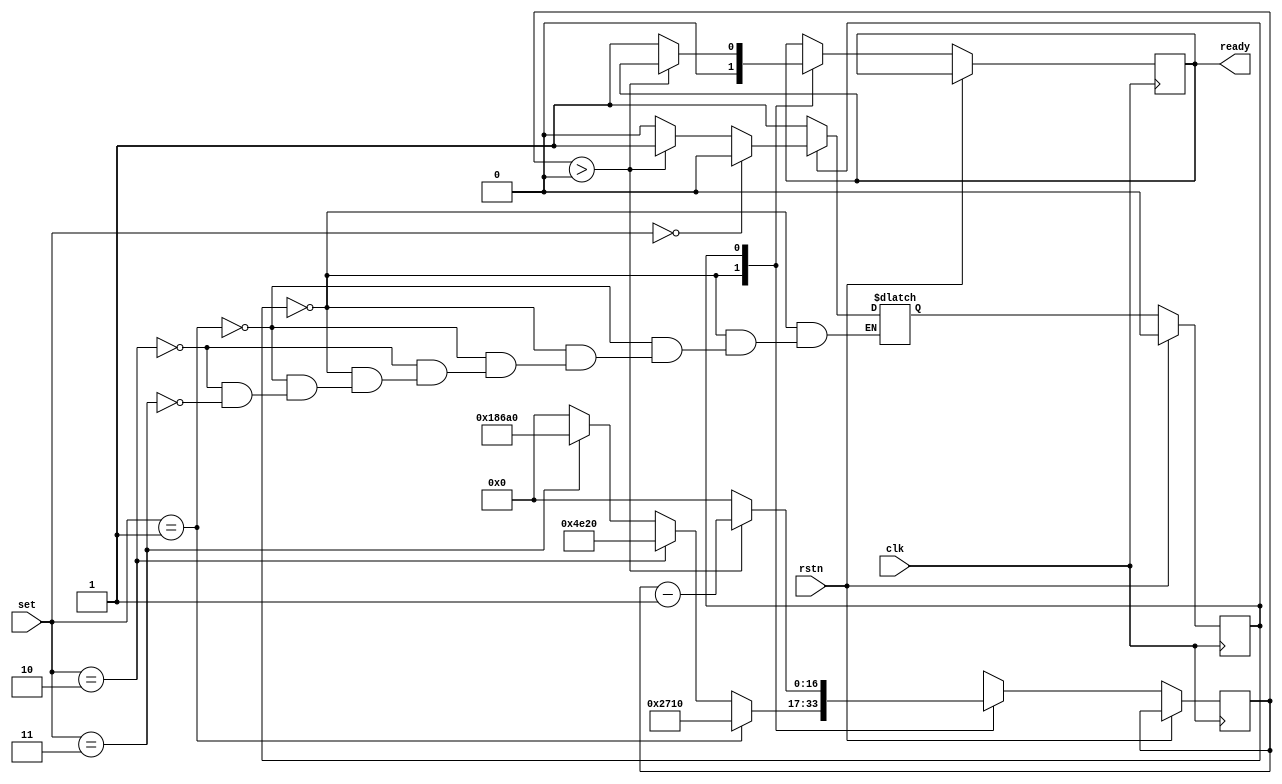
module Timer(clk, rstn, set, ready);

input clk, rstn;
input[1:0] set;
output reg ready;

reg state;
reg nxt_state;
reg [16:0] timer;

parameter inicio = 1'b0, contador = 1'b1;

always @(*) begin
	case(state)
		inicio:begin
			if(set == 2'b01)begin
				nxt_state = contador;
			end
			else if(set == 2'b10)begin
				nxt_state = contador;
			end
			else if(set == 2'b11)begin
				nxt_state = contador;
			end			
		end
		
		contador:begin
			if(set == 2'b00)
				nxt_state = inicio;
			else if(timer > 14'b0)begin //comeca contagem
				nxt_state = contador;
			end
			else begin
				nxt_state = inicio;
			end
		end

		default:
			nxt_state = inicio;
	endcase
end

always @(posedge clk) begin
   if(rstn) begin
		state <= inicio;
	end
	else begin
		state <= nxt_state;
		
		case(state)
			inicio:begin
				if(set == 2'b01)begin
					timer <= 10000;	
					ready <= 1'b0;
				end
				else if(set == 2'b10)begin
					timer <= 20000;
					ready <= 1'b0;
				end
				else if(set == 2'b11)begin
					timer <= 100000;
					ready <= 1'b0;
				end			
				else begin
					timer <= 0;
					ready <= 0;
				end
			end
		
			contador:begin
				if(timer > 14'b0)begin //comeca contagem
					timer <= timer - 1;
				end
				else begin
					ready <= 1'b1;
					timer <= 0;
				end
			end
		endcase
	end	
end
	
endmodule